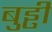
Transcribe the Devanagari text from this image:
बुड्ढी